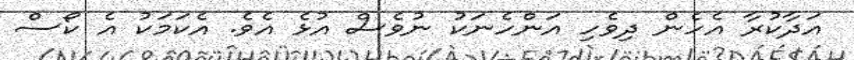
އަދާކުރާ އެހެން ދިވެހި އަންހެނަކު ނުވެސް އުޅެ އެވެ. އެކަމަކު އެ ކޯސް